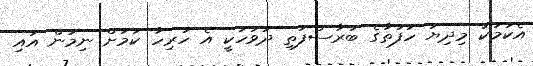
އެކަމަކު މިދިޔަ ހަފުތާގެ ބުރާސްފަތި ދުވަހަކީ އެ ހުރިހާ ކަމަށް ނިމުން އައި